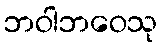
ဘဝါဘဝေသု